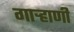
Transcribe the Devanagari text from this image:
गाऱ्हाणी